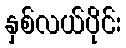
နှစ်လယ်ပိုင်း